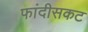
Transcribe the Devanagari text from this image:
फांदीसकट